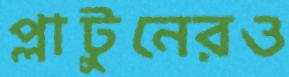
প্লাটুনেরও